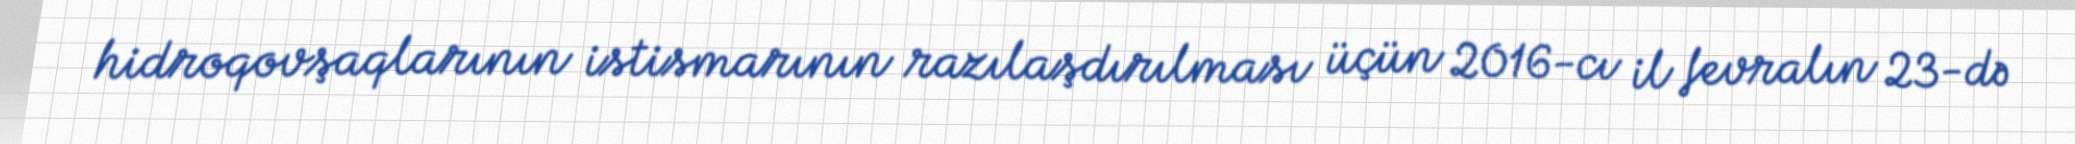
hidroqovşaqlarının istismarının razılaşdırılması üçün 2016-cı il fevralın 23-də